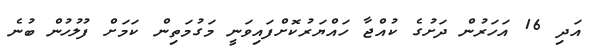
އަދި 16 އަހަރުން ދަށުގެ ކުއްޖާ ހައްޔަރުކޮށްފައިވަނީ މަގުމަތިން ކަމަށް ފުލުހުން ބުނެ